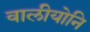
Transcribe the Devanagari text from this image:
वालीयोनि